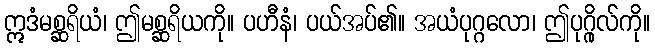
ဣဒံမစ္ဆရိယံ၊ ဤမစ္ဆရိယကို။ ပဟီနံ၊ ပယ်အပ်၏။ အယံပုဂ္ဂလော၊ ဤပုဂ္ဂိုလ်ကို။